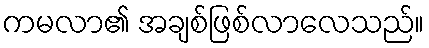
ကမလာ၏ အချစ်ဖြစ်လာလေသည်။